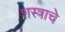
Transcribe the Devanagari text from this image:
शस्त्राचे